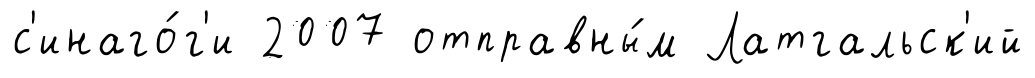
с'инаго́г'и 2007 отправны́м Латгальск'ий